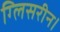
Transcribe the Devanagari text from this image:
ग्लिसरीन।